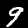
Label: 9